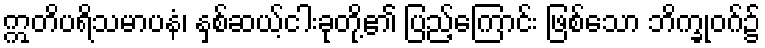
ဣတိပရိသမာပနံ၊ နှစ်ဆယ့်ငါးခုတို့၏ ပြည့်ကြောင်း ဖြစ်သော ဘိက္ခုဝဂ်၌